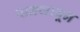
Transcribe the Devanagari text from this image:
सनजावून